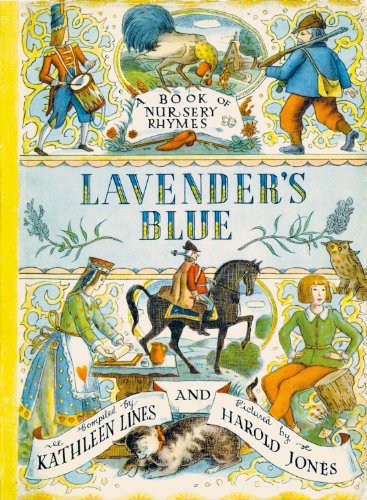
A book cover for Lavender's Blue; Teen & Young Adult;